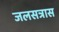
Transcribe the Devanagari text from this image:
जलसत्रास